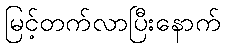
မြင့်တက်လာပြီးနောက်